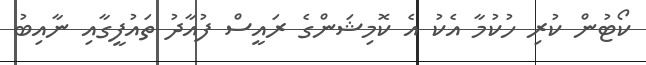
ކޯޓުން ކުރި ހުކުމާ އެކު އެ ކޮމިޝަންގެ ރައީސް ފުއާދު ތައުފީގާއި ނާއިބު